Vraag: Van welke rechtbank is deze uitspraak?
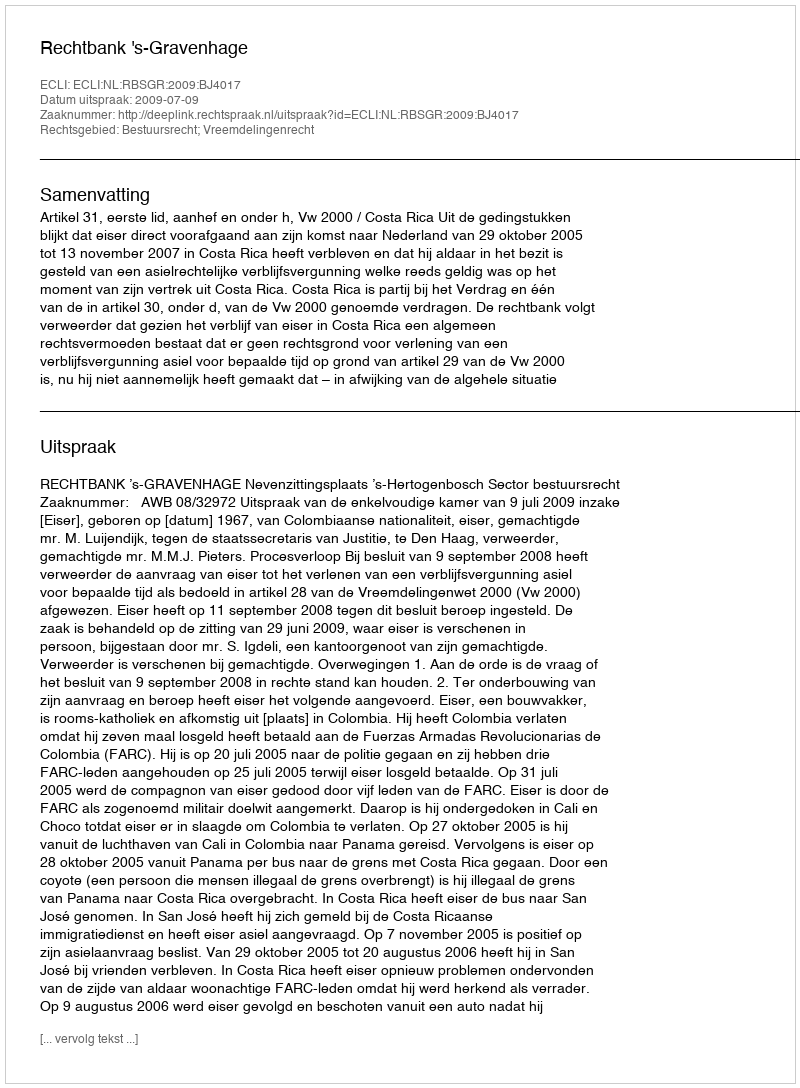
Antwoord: Rechtbank 's-Gravenhage